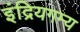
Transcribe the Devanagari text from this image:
इंद्रियगम्य